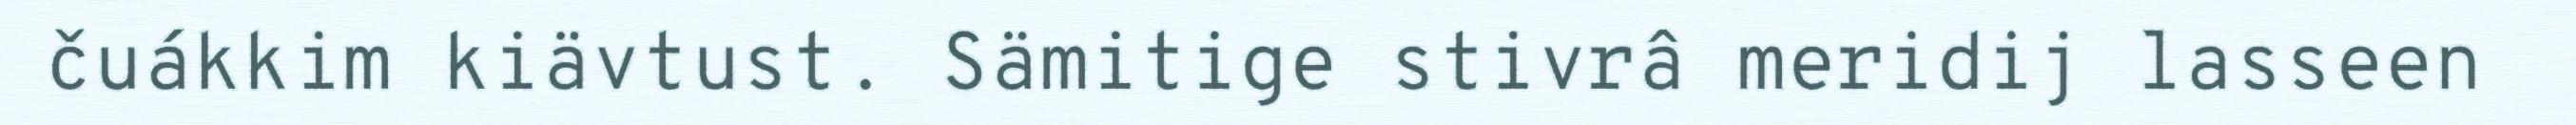
čuákkim kiävtust. Sämitige stivrâ meridij lasseen